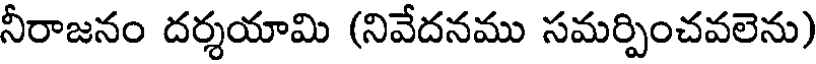
నీరాజనం దర్శయామి (నివేదనము సమర్పించవలెను)